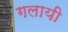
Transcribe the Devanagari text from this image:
गलायी